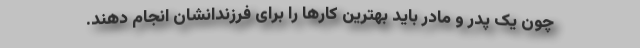
چون یک پدر و مادر باید بهترین کارها را برای فرزندانشان انجام دهند.